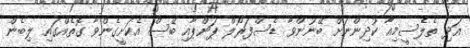
އަދި ތެލެސީމިއާ ކުދިންނަށް ބޭނުންވާ ޑެސްފަރޯލް ޕަންޕާއި ބޭސް އެކަށީގެންވާ ގޮތެއްގައި ލިބެން